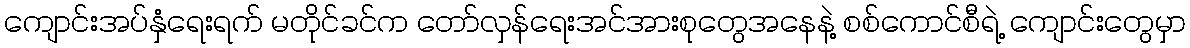
ကျောင်းအပ်နှံရေးရက် မတိုင်ခင်က တော်လှန်ရေးအင်အားစုတွေအနေနဲ့ စစ်ကောင်စီရဲ့ ကျောင်းတွေမှာ